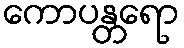
ကောပန္တရော